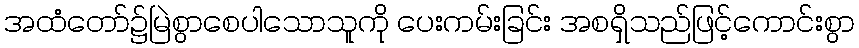
အထံတော်၌မြဲစွာစေပါသောသူကို ပေးကမ်းခြင်း အစရှိသည်ဖြင့်ကောင်းစွာ